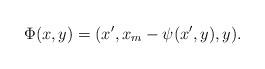
LaTeX: \begin{align*}\Phi(x,y)= (x',x_m - \psi(x',y),y).\end{align*}